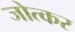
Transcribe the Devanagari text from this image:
जोत्कर